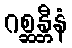
ဂစ္ဆန္တီနံ